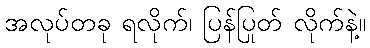
အလုပ်တခု ရလိုက်၊ ပြန်ပြုတ် လိုက်နဲ့။